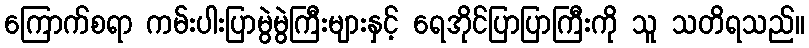
ကြောက်စရာ ကမ်းပါးပြာမွဲမွဲကြီးများနှင့် ရေအိုင်ပြာပြာကြီးကို သူ သတိရသည်။